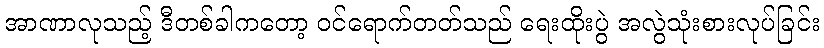
အာဏာလုသည့် ဒီတစ်ခါကတော့ ဝင်ရောက်တတ်သည် ရေးထိုးပွဲ အလွဲသုံးစားလုပ်ခြင်း